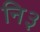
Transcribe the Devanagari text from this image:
नि३